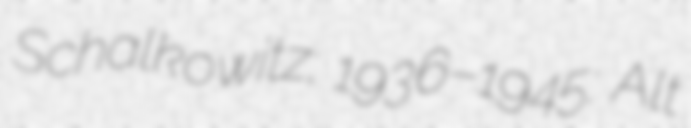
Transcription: Schalkowitz; 1936–1945: Alt